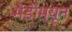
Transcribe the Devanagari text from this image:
मेडीम्यून